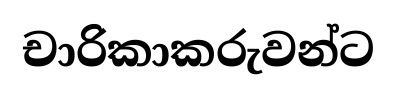
චාරිකාකරුවන්ට